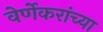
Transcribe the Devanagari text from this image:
वेर्णेकरांच्या